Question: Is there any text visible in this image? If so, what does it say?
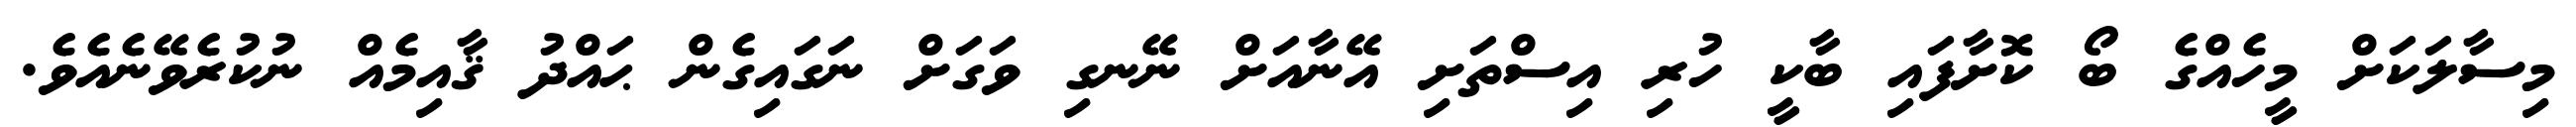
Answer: މިސާލަކަށް މީހެއްގެ ބޯ ކޮށާފައި ބާކީ ހުރި އިސްތަށި އޭނާއަށް ނޭނގި ވަގަށް ނަގައިގެން ޙައްދު ޤާއިމެއް ނުކުރެވޭނެއެވެ.